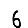
Digit: 6